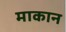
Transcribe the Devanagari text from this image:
माकान